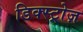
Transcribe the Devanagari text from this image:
डिक्स्ट्रोज़